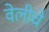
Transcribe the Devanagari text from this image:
वेलीचे